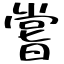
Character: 嘗